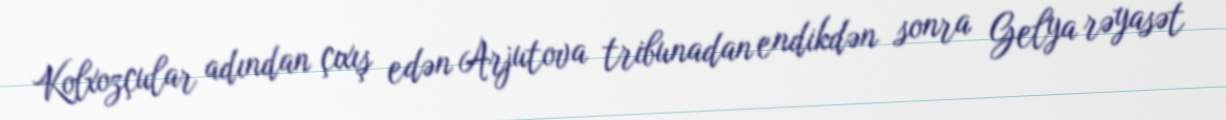
Kolxozçular adından çıxış edən Arjutova tribunadan endikdən sonra Gelya rəyasət